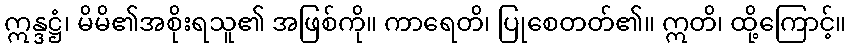
ဣန္ဒဋ္ဌံ၊ မိမိ၏အစိုးရသူ၏ အဖြစ်ကို။ ကာရေတိ၊ ပြုစေတတ်၏။ ဣတိ၊ ထို့ကြောင့်။